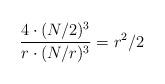
LaTeX: \begin{align*} \frac{4 \cdot (N/2)^3}{r \cdot (N/r)^3} = r^2/2\end{align*}